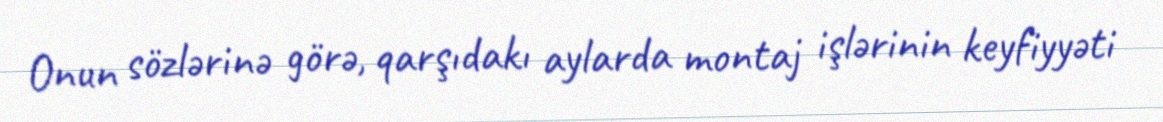
Onun sözlərinə görə, qarşıdakı aylarda montaj işlərinin keyfiyyəti